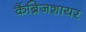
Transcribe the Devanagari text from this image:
कैंब्रिजशायर